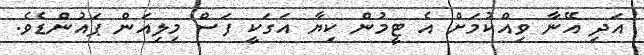
އަދި އޭނާ ވިއްކުމަށް އެ ޓީމުން ކިޔާ އަގަކީ ފަސް މިލިއަން ޕައުންޑެވެ.